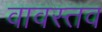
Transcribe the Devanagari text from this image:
वावस्तव